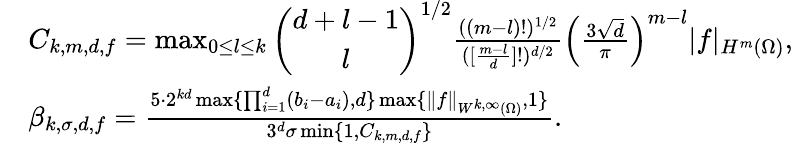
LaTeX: \begin{array}{rl}&{C_{k,m,d,f}=\operatorname*{max}_{0\leq l\leq k}\left(\begin{array}{c}{d+l-1}\\ {l}\end{array}\right)^{1/2}\frac{((m-l)!)^{1/2}}{([\frac{m-l}{d}]!)^{d/2}}\left(\frac{3\sqrt{d}}{\pi}\right)^{m-l}|f|_{H^{m}(\Omega)},}\\ &{\beta_{k,\sigma,d,f}=\frac{5\cdot 2^{kd}\operatorname*{max}\{ \prod_{i=1}^{d}(b_{i}-a_{i}),d\} \operatorname*{max}\{ \| f\| _{W^{k,\infty}(\Omega)},1\} }{3^{d}\sigma\operatorname*{min}\{ 1,C_{k,m,d,f}\} }.}\end{array}